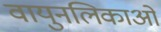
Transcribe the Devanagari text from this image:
वायुनलिकाओं